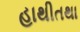
હાથીતથા